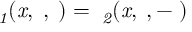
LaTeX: { \it \Psi _ { 1 } ( x , \alpha , \tau ) = \Psi _ { 2 } ( x , \alpha , - \tau ) }